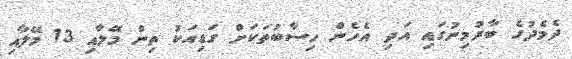
ދެމެދުގެ ބާރުމިނުގައި އަދި އެހެން ހިސާބުތަކަށް ގަޑިއަކު ތިން މޭލާއި 13 މޭލާއި